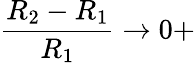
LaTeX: \frac{R_{2}-R_{1}}{R_{1}}\rightarrow 0+